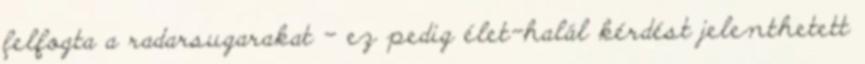
felfogta a radarsugarakat – ez pedig élet-halál kérdést jelenthetett